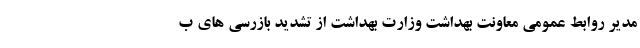
مدیر روابط عمومی معاونت بهداشت وزارت بهداشت از تشدید بازرسی های ب